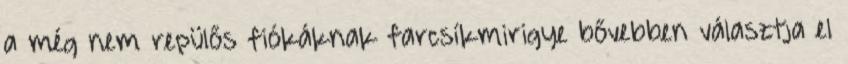
a még nem repülős fiókáknak farcsíkmirigye bővebben választja el